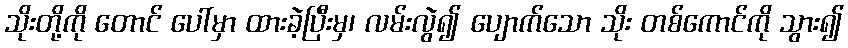
သိုးတို့ကို တောင် ပေါ်မှာ ထားခဲ့ပြီးမှ၊ လမ်းလွဲ၍ ပျောက်သော သိုး တစ်ကောင်ကို သွား၍